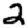
Digit: 2